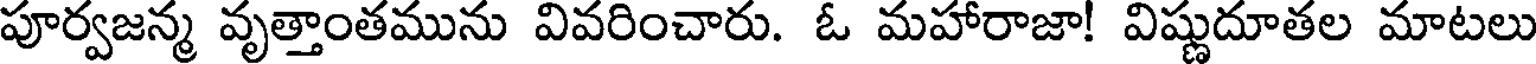
పూర్వజన్మ వృత్తాంతమును వివరించారు. ఓ మహారాజా! విష్ణుదూతల మాటలు